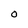
Character: O